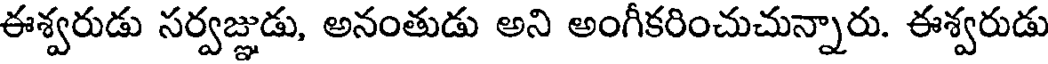
ఈశ్వరుడు సర్వజ్ఞుడు, అనంతుడు అని అంగీకరించుచున్నారు. ఈశ్వరుడు